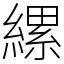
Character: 縲